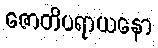
ဇောတိပရာယနော